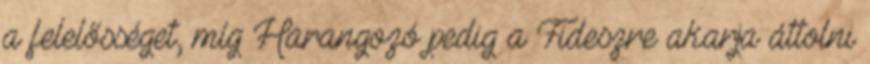
a felelősséget, míg Harangozó pedig a Fideszre akarja áttolni